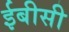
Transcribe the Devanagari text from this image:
ईबीसी